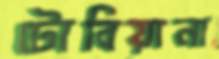
টোবিয়ানা